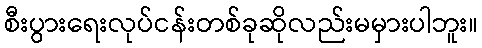
စီးပွားရေးလုပ်ငန်းတစ်ခုဆိုလည်းမမှားပါဘူး။